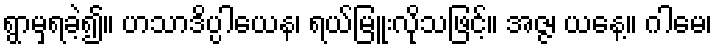
ရွာမှရခဲ့၍။ ဟသာဒိပ္ပါယေန၊ ရယ်မြူးလိုသဖြင့်။ အဇ္ဇ၊ ယနေ့။ ဂါမေ၊